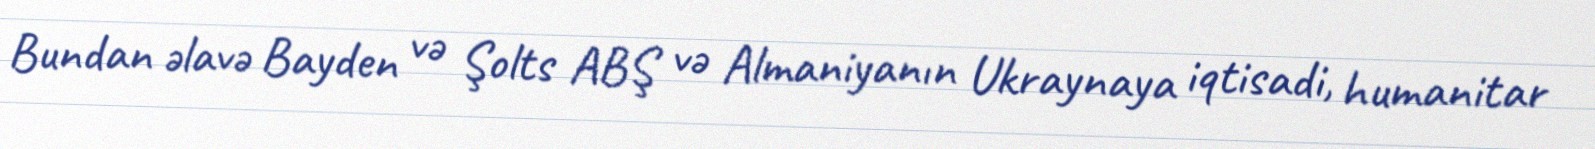
Bundan əlavə Bayden və Şolts ABŞ və Almaniyanın Ukraynaya iqtisadi, humanitar